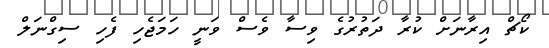
ކޯޗް އިރާނަށް ކުރާ ދަތުރުގެ ވިސާ ވެސް ވަނީ ހަމަޖެހި ފެހި ސިގްނަލް